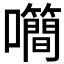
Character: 𡅌